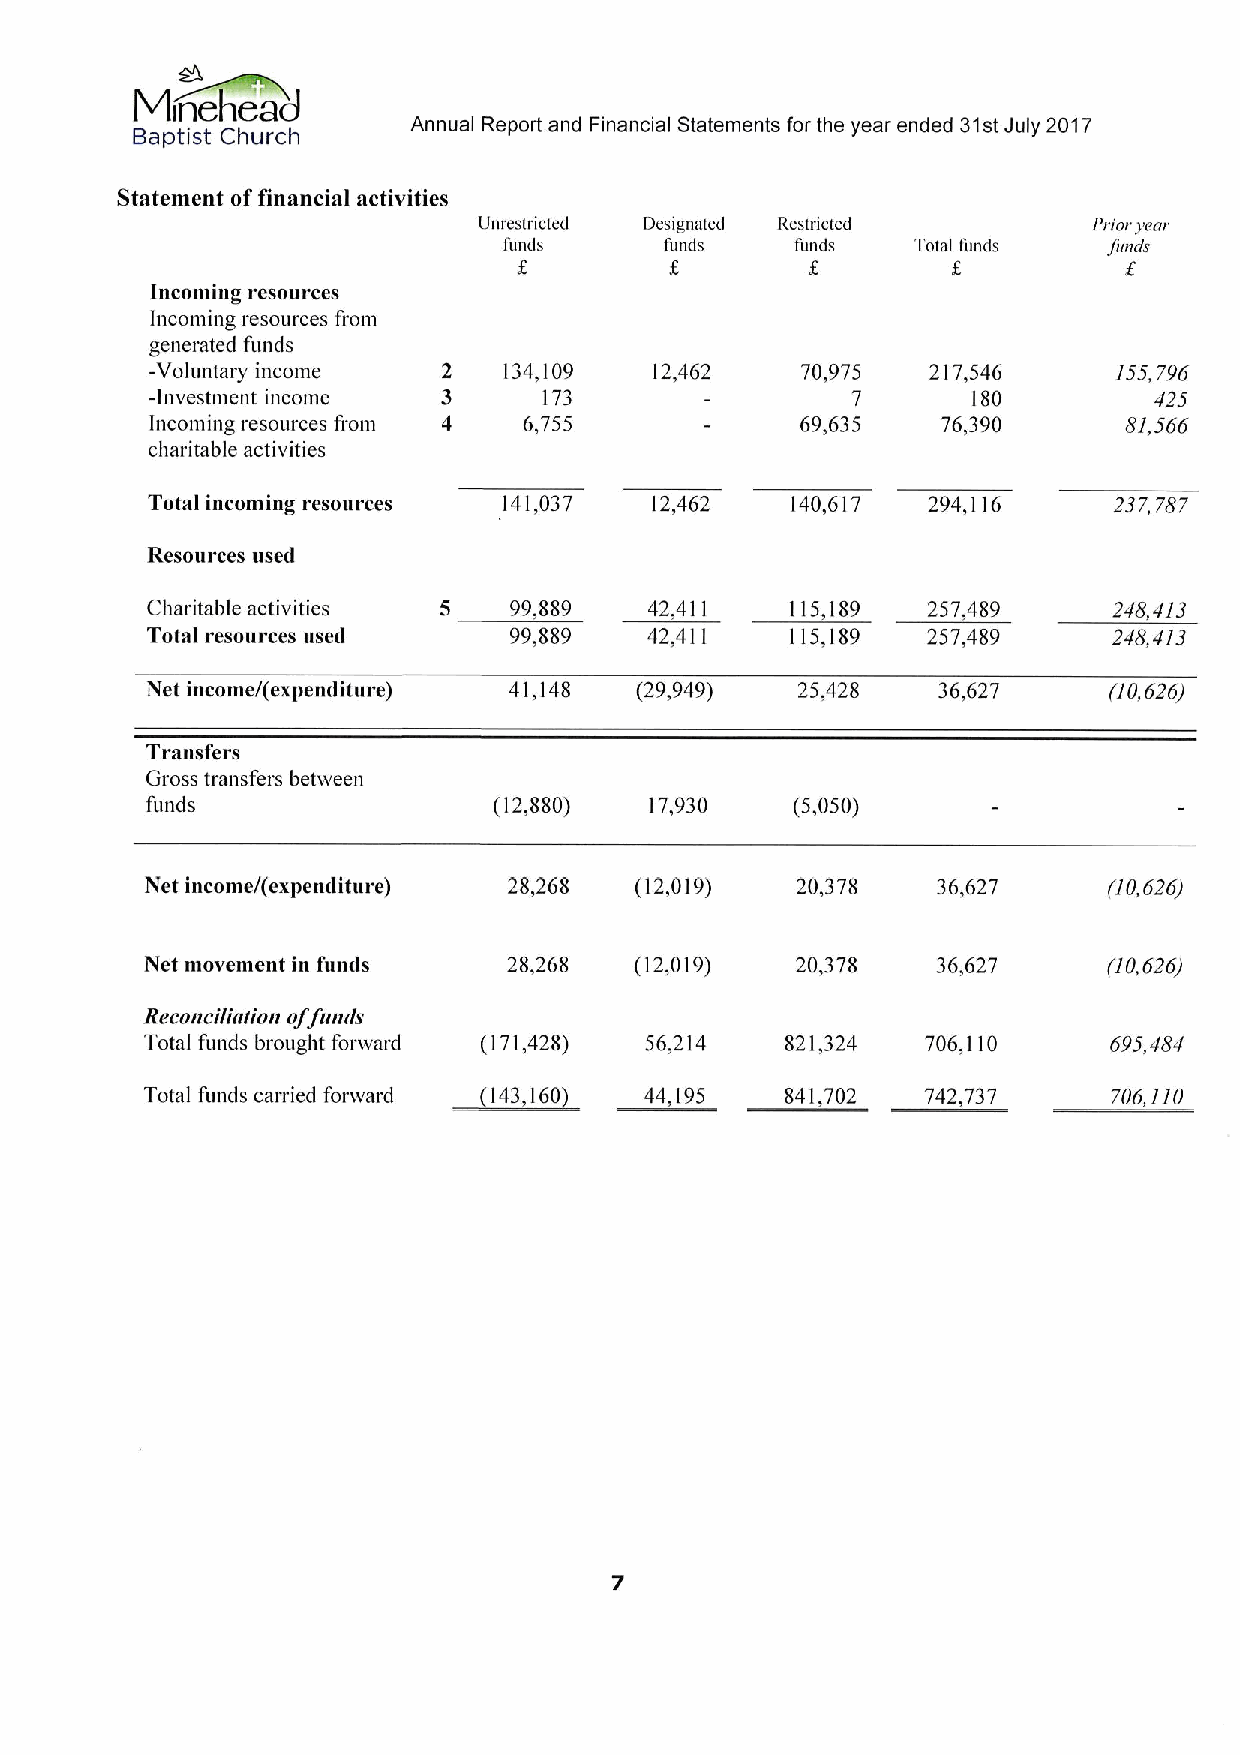
Minnetead
 Baptist Church
 Annual Report and Financial Statements for the year ended 31stJuly 2017
 Statement offinancial activities
 Unrestricted Designated Restricted      Prior year
 funds      funds    funds   Total funds fi4ods
 Incoming resources
 Incoming resources from
 generated funds
 -Voluntary income  2   134,109   12,462    70,975   217,546     155,796
 -Investlnetlt lllcolne 3  173                 7       180         425
 Incoming resources fi.om 4 6,755           69,635   76,390      81,566
 charitable activities
 Total incoming resources 141,037 12,462   140,617  294,116      237,787
 Resources used
 Charitable activities 5 99,889   42,411   115,189  257,489      248,413
 Total resources userl   99,889   42,411   115,189  257,489      248,4/3
 Net income/(expenditure) 41,148 (29,949)   25,428   36,627     (10,626)
 Transfers
 Gross transfers between
 funds                  (12,880)  17,930    (5,050)
 Net income/(expen&liture) 28,268 (12,019)  20,378   36,627     (10,626)
 Net movement in fumls   28,268  (12,019)   20,378   36,627     (10,626)
 Reconcili orion offtmds
 Total funds brought forward (171,428) 56,214 821,324 706,110   695,484
 ~343,
 Total funds carried forward 3663 44,143   841,702  742,737      706,1/0